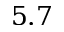
5 . 7